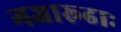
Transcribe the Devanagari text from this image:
गजारूढाः